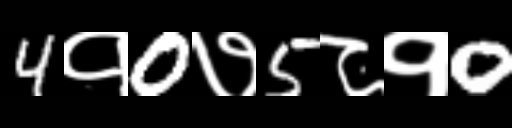
Text: 4१0७5८१0